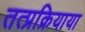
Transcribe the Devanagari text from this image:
तत्प्रक्रियाया